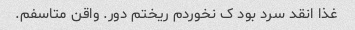
غذا انقد سرد بود ک نخوردم ریختم دور. واقن متاسفم.